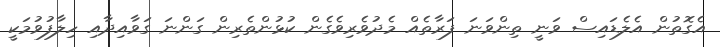
އެގޮތުން އެލެޑައިސް ވަނީ ތިންވަނަ ފަރާތެއް މެދުވެރިވެގެން ކުޅުންތެރިން ގަންނަ ގަވާއިދާއި ހިލާފުވުމަކީ